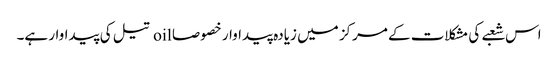
اس شعبے کی مشکلات کے مرکز میں زیادہ پیداوار خصوصا oil تیل کی پیداوار ہے۔